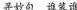
寻妙句 谁装谁